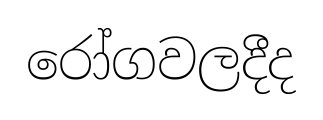
රෝගවලදීද